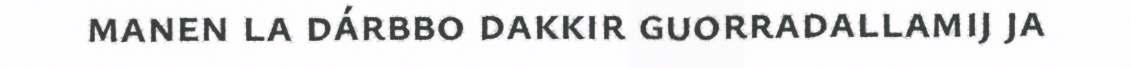
manen la dárbbo dakkir guorradallamij ja